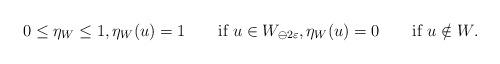
LaTeX: \begin{align*} 0\le\eta_W\le1,\eta_W(u)=1\qquad\mbox{if $u\in W_{\ominus2\varepsilon}$},\eta_W(u)=0\qquad\mbox{if $u\notin W$}.\end{align*}